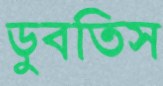
ডুবতিস